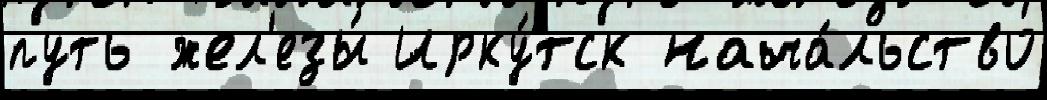
путь жел'езы́ Ирку́тск нача́льство